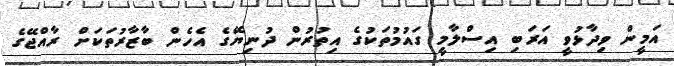
އަމީން ވިދާޅުވީ އަރަބި އިސްލާމީ ގައުމުތަކުގެ އިތުރުން ދުނިޔޭގެ އެހެން ބާޒާރުތަކަށް ރާއްޖޭގެ